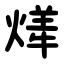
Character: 㷣